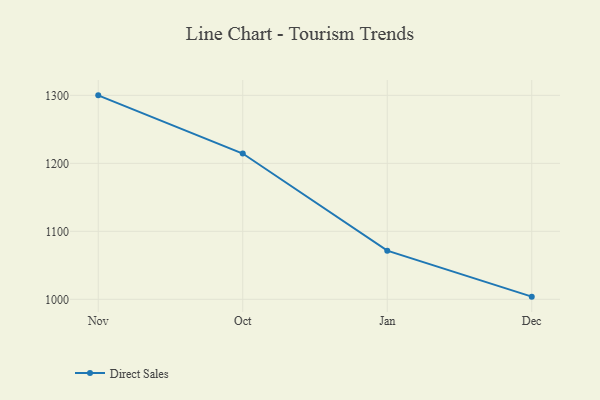
{"axis": {"x": "Month", "y": "Budget (USD K)"}, "legend": ["Direct Sales"], "data": [{"x": "Nov", "y": 1300.0, "type": "Direct Sales"}, {"x": "Oct", "y": 1214.4, "type": "Direct Sales"}, {"x": "Jan", "y": 1071.5, "type": "Direct Sales"}, {"x": "Dec", "y": 1003.9, "type": "Direct Sales"}]}